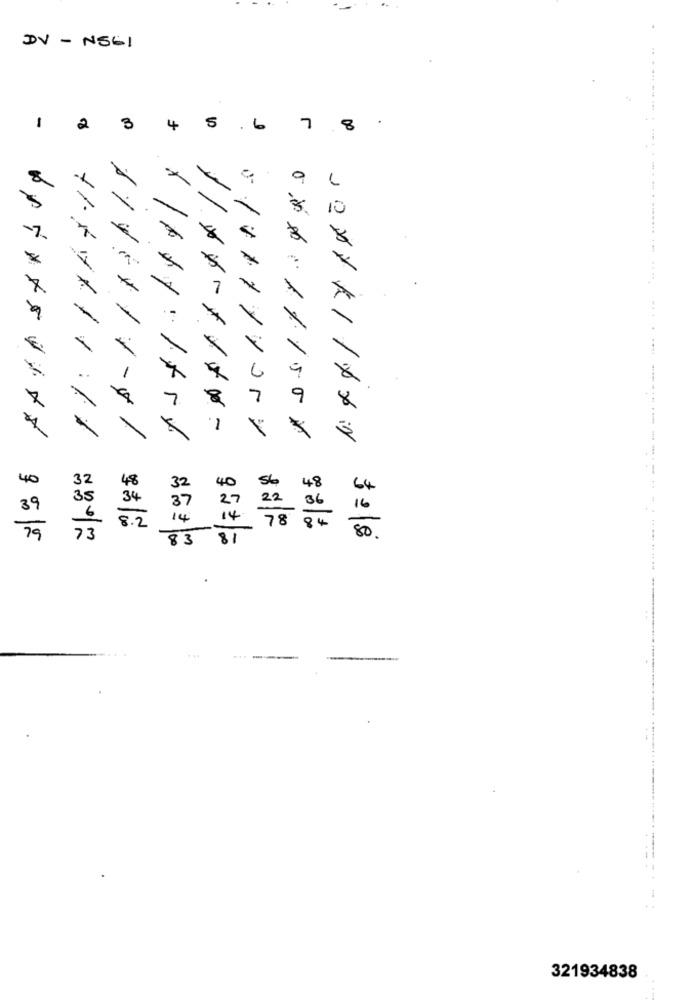
DV
-
NSCI
-
2
3
+
6
7
8
9
8
5
... . . .........
.....****
11+++11.11
-----------
40
32
48
40
48
64
35
39
34
27
16
14
78
84
79
8 . 2
-
73
850 = 100
81
80 .
321934838